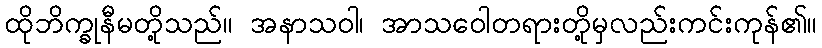
ထိုဘိက္ခုနီမတို့သည်။ အနာသဝါ၊ အာသဝေါတရားတို့မှလည်းကင်းကုန်၏။